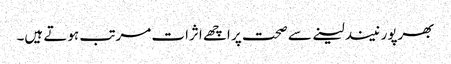
بھرپور نیند لینے سے صحت پر اچھے اثرات مرتب ہوتے ہیں۔